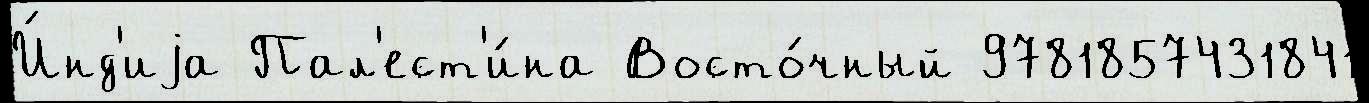
И́нд'иjа Пал'ест'и́на Восто́чный 9781857431841